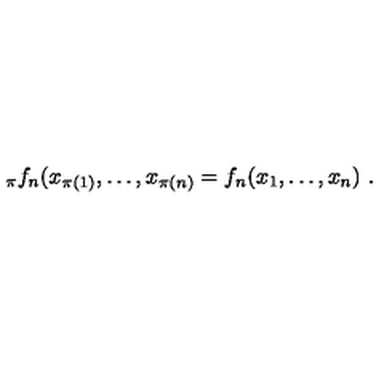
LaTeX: _ \pi f _ { n } ( x _ { \pi ( 1 ) } , \ldots , x _ { \pi ( n ) } = f _ { n } ( x _ { 1 } , \ldots , x _ { n } ) \ .